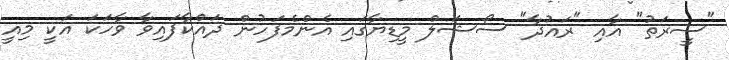
"ސީރަތު" އާއި "ރައުދާ" ސޯޝަލް މީޑިޔާގައި އެންމެފަހުން ދައްކާފައިވާ ވާހަކަ އަކީ މިއީ